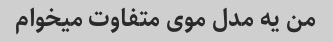
من یه مدل موی متفاوت میخوام